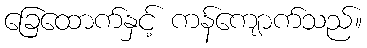
ခြေထောက်နှင့် ကန်ကျောက်သည်။